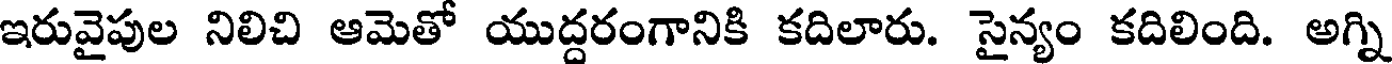
ఇరువైపుల నిలిచి ఆమెతో యుద్దరంగానికి కదిలారు. సైన్యం కదిలింది. అగ్ని